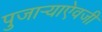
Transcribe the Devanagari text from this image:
पुजाऱ्याऐवजी